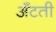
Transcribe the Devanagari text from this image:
अँटती